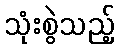
သုံးစွဲသည့်